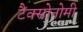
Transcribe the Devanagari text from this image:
टैक्सोनोमी